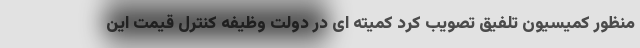
منظور کمیسیون تلفیق تصویب کرد کمیته ای در دولت وظیفه کنترل قیمت این